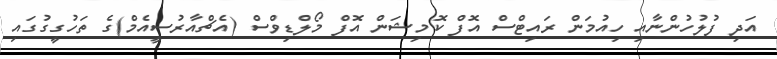
އަދި ފުލުހުންނާއި ހިއުމަން ރައިޓްސް އޮފް ކޮމިޝަން އޮފް މޯލްޑިވްސް (އެޗްއާރުސީއެމް)ގެ ތަހުގީގުގައި